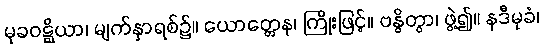
မုခဝဋ္ဋိယာ၊ မျက်နှာရစ်၌။ ယောတ္တေန၊ ကြိုးဖြင့်။ ဗန္ဓိတွာ၊ ဖွဲ့၍။ နဒီမုခံ၊